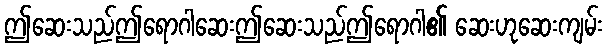
ဤဆေးသည်ဤရောဂါဆေးဤဆေးသည်ဤရောဂါ၏ ဆေးဟုဆေးကျမ်း